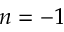
n = - 1